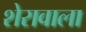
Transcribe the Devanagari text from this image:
शेरावाला